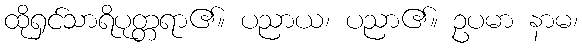
ထိုရှင်သာရိပုတ္တရာ၏။ ပညာယ၊ ပညာ၏။ ဥပမာ နာမ၊